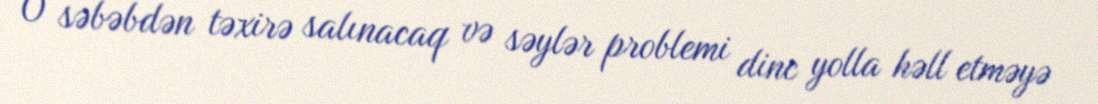
O səbəbdən təxirə salınacaq və səylər problemi dinc yolla həll etməyə